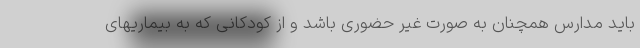
باید مدارس همچنان به صورت غیر حضوری باشد و از کودکانی که به بیماریهای